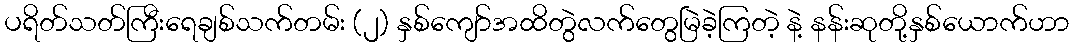
ပရိတ်သတ်ကြီးရေချစ်သက်တမ်း (၂) နှစ်ကျော်အထိတွဲလက်တွေမြဲခဲ့ကြတဲ့ နဲ့ နန်းဆုတို့နှစ်ယောက်ဟာ